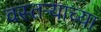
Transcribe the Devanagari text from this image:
वस्तऱ्याच्या